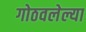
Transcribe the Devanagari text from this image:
गोठवलेल्या